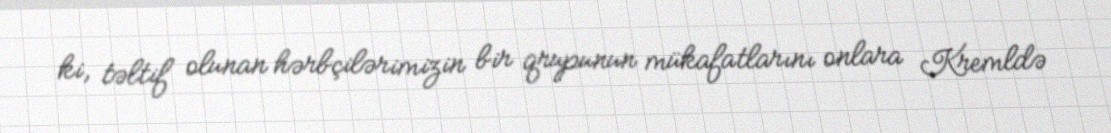
ki, təltif olunan hərbçilərimizin bir qrupunun mükafatlarını onlara Kremldə